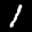
Label: 1